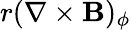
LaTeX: r(\nabla\times\mathbf B)_{\phi}